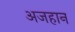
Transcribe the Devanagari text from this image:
अजहान